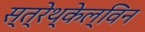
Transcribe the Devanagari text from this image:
स्त्रेथ्केल्विन